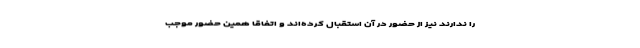
را ندارند نیز از حضور در آن استقبال کرده‌اند و اتفاقاً همین حضور موجب